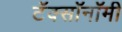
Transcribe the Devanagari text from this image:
टॅक्सॉनॉमी